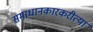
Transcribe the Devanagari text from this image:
समाधानकारकरीत्या